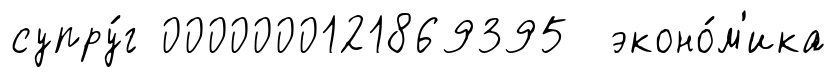
супру́г 0000000121869395 эконо́м'ика